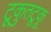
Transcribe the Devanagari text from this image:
टूकुतटूकू